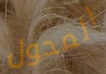
المحول